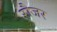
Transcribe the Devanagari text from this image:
रौजर